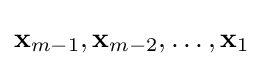
\mathbf {x} _{m-1},\mathbf {x} _{m-2},\ldots ,\mathbf {x} _{1}